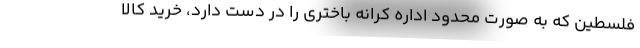
فلسطین که به صورت محدود اداره کرانه باختری را در دست دارد، خرید کالا